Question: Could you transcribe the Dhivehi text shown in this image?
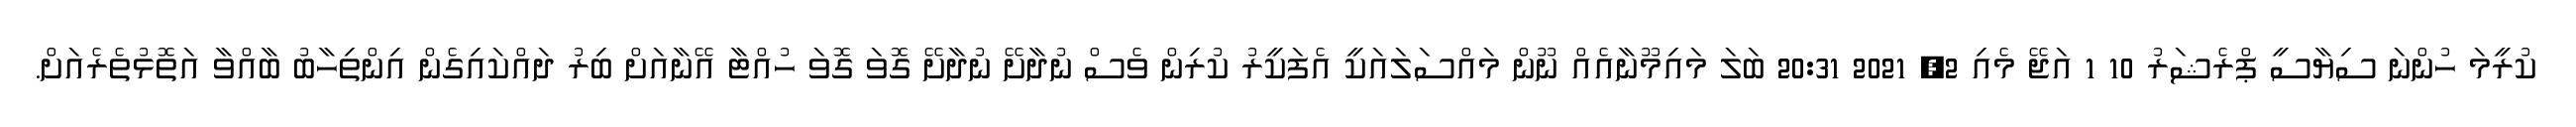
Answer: ކުރީމަ ހުންނަ ސިޔާސީ ޕްރެޝަރު 10 1 އަޖޭ މެއި 2, 2021 20:31 ބަލަ މައިމޫނާއެއް ނޫން މައްސަލައަކީ އެފަކީރު ކުރިން ވެސް ނުދާށޭ ނުދާށޭ ގޮވަ ގޮވަ ހުއްޓާ އޭނާއަށް ބިރު ދައްކައިގެން އިންތިހާބު ބާއްވާ އަތޮޅުތެރެއަށް.